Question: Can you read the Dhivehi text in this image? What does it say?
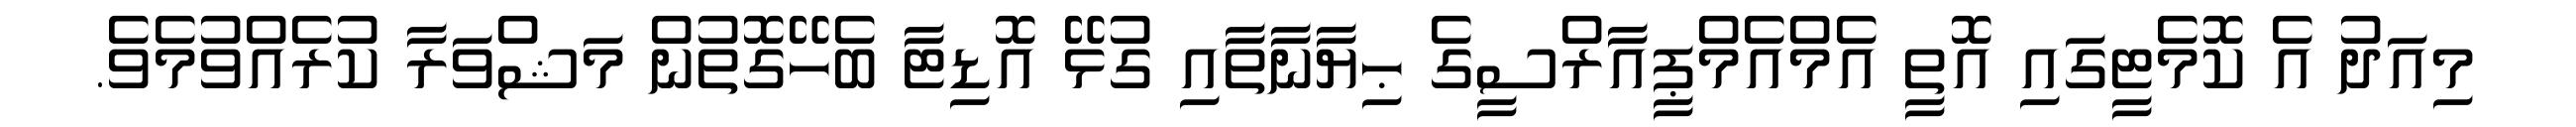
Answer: މިއަދު އެ ކޮމެޓީގައި އޮތީ އެމްއެމްޕީއާރްސީގެ ޙިޔާނާތާއި ގުޅޭ އޮޑިޓާ ބެހޭގޮތުން މަޝްވަރާ ކުރެއްވުމެވެ.